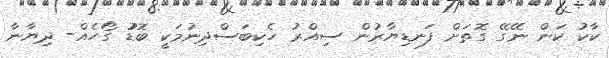
ކާކު ކަން ނޭގޭ ގޮތަށް ފަނޑިޔާރުން ސިއްރު ހެކިބަސްދިނުމަކީ ބޮޑުު ގޯހެއް- ދިޔާނާ